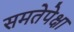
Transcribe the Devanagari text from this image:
समतेपेक्षा